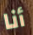
أنا